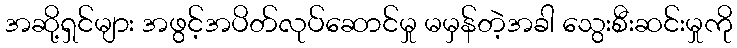
အဆို့ရှင်များ အဖွင့်အပိတ်လုပ်ဆောင်မှု မမှန်တဲ့အခါ သွေးစီးဆင်းမှုကို